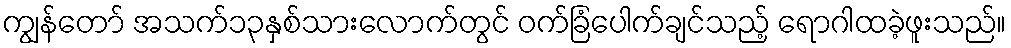
ကျွန်တော် အသက်၁၃နှစ်သားလောက်တွင် ဝက်ခြံပေါက်ချင်သည့် ရောဂါထခဲ့ဖူးသည်။